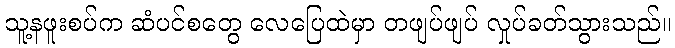
သူ့နဖူးစပ်က ဆံပင်စတွေ လေပြေထဲမှာ တဖျပ်ဖျပ် လှုပ်ခတ်သွားသည်။